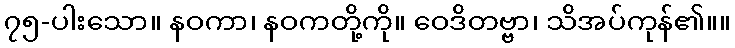
၇၅-ပါးသော။ နဝကာ၊ နဝကတို့ကို။ ဝေဒိတဗ္ဗာ၊ သိအပ်ကုန်၏။။